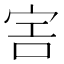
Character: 𡧱